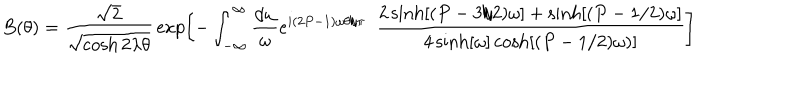
LaTeX: B ( \theta ) = { \frac { \sqrt { 2 } } { \sqrt { \cosh 2 \lambda \theta } } } \exp \left[ - \int _ { - \infty } ^ { \infty } { \frac { d \omega } { \omega } } e ^ { i ( 2 P - 1 ) \omega \theta / \pi } ~ ~ { \frac { 2 \sinh [ ( P - 3 / 2 ) \omega ] + \sinh [ ( P - 1 / 2 ) \omega ] } { 4 \sinh [ \omega ] \cosh [ ( P - 1 / 2 ) \omega ) ] } } \right]